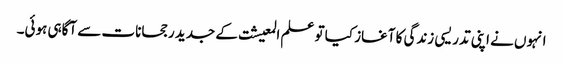
انہوں نے اپنی تدریسی زندگی کا آغاز کیا تو علم المعیشت کے جدید رجحانات سے آگاہی ہوئی۔